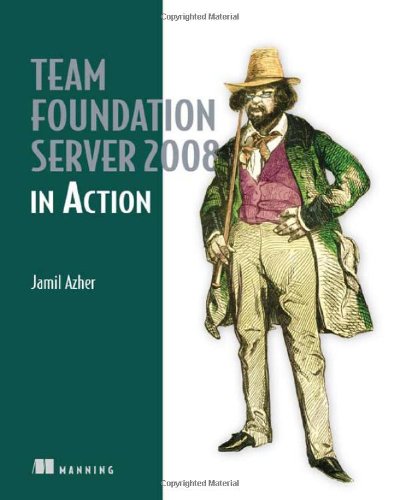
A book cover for Team Foundation Server 2008 in Action; Jamil Azher; Test Preparation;